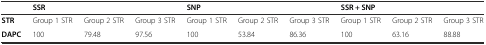
<table><thead><tr><td></td><td colspan="3"><b>SSR</b></td><td colspan="3"><b>SNP</b></td><td colspan="3"><b>SSR + SNP</b></td></tr></thead><tbody><tr><td><b>STR</b></td><td>Group 1 STR</td><td>Group 2 STR</td><td>Group 3 STR</td><td>Group 1 STR</td><td>Group 2 STR</td><td>Group 3 STR</td><td>Group 1 STR</td><td>Group 2 STR</td><td>Group 3 STR</td></tr><tr><td><b>DAPC</b></td><td>100</td><td>79.48</td><td>97.56</td><td>100</td><td>53.84</td><td>86.36</td><td>100</td><td>63.16</td><td>88.88</td></tr></tbody></table>